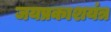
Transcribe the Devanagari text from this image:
जयप्रकाशयंत्र